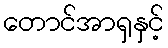
တောင်အာရှနှင့်